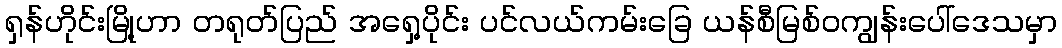
ရှန်ဟိုင်းမြို့ဟာ တရုတ်ပြည် အရှေ့ပိုင်း ပင်လယ်ကမ်းခြေ ယန်စီမြစ်ဝကျွန်းပေါ်ဒေသမှာ